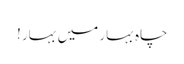
چاہ بہار میں بہار !